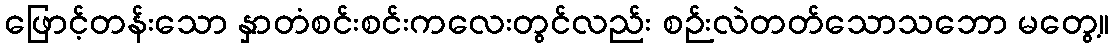
ဖြောင့်တန်းသော နှာတံစင်းစင်းကလေးတွင်လည်း စဉ်းလဲတတ်သောသဘော မတွေ့။